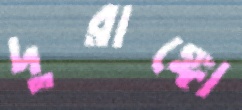
দুরাঙ্গো